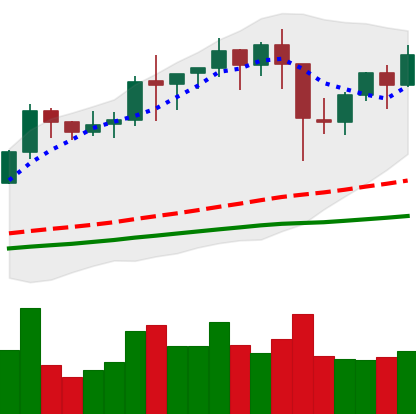
Ticker: BNB-USD
Chart end date: 2021-01-16
Forward return: -10.484%
Label: down_7plus